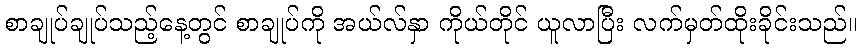
စာချုပ်ချုပ်သည့်နေ့တွင် စာချုပ်ကို အယ်လ်နှာ ကိုယ်တိုင် ယူလာပြီး လက်မှတ်ထိုးခိုင်းသည်။